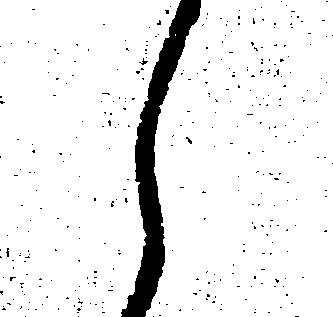
え